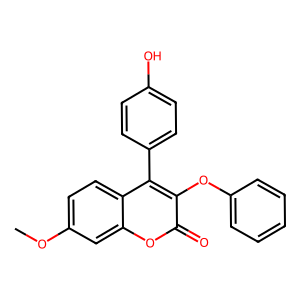
SMILES: COc1ccc2c(-c3ccc(O)cc3)c(Oc3ccccc3)c(=O)oc2c1
Inhibits HIV replication: No